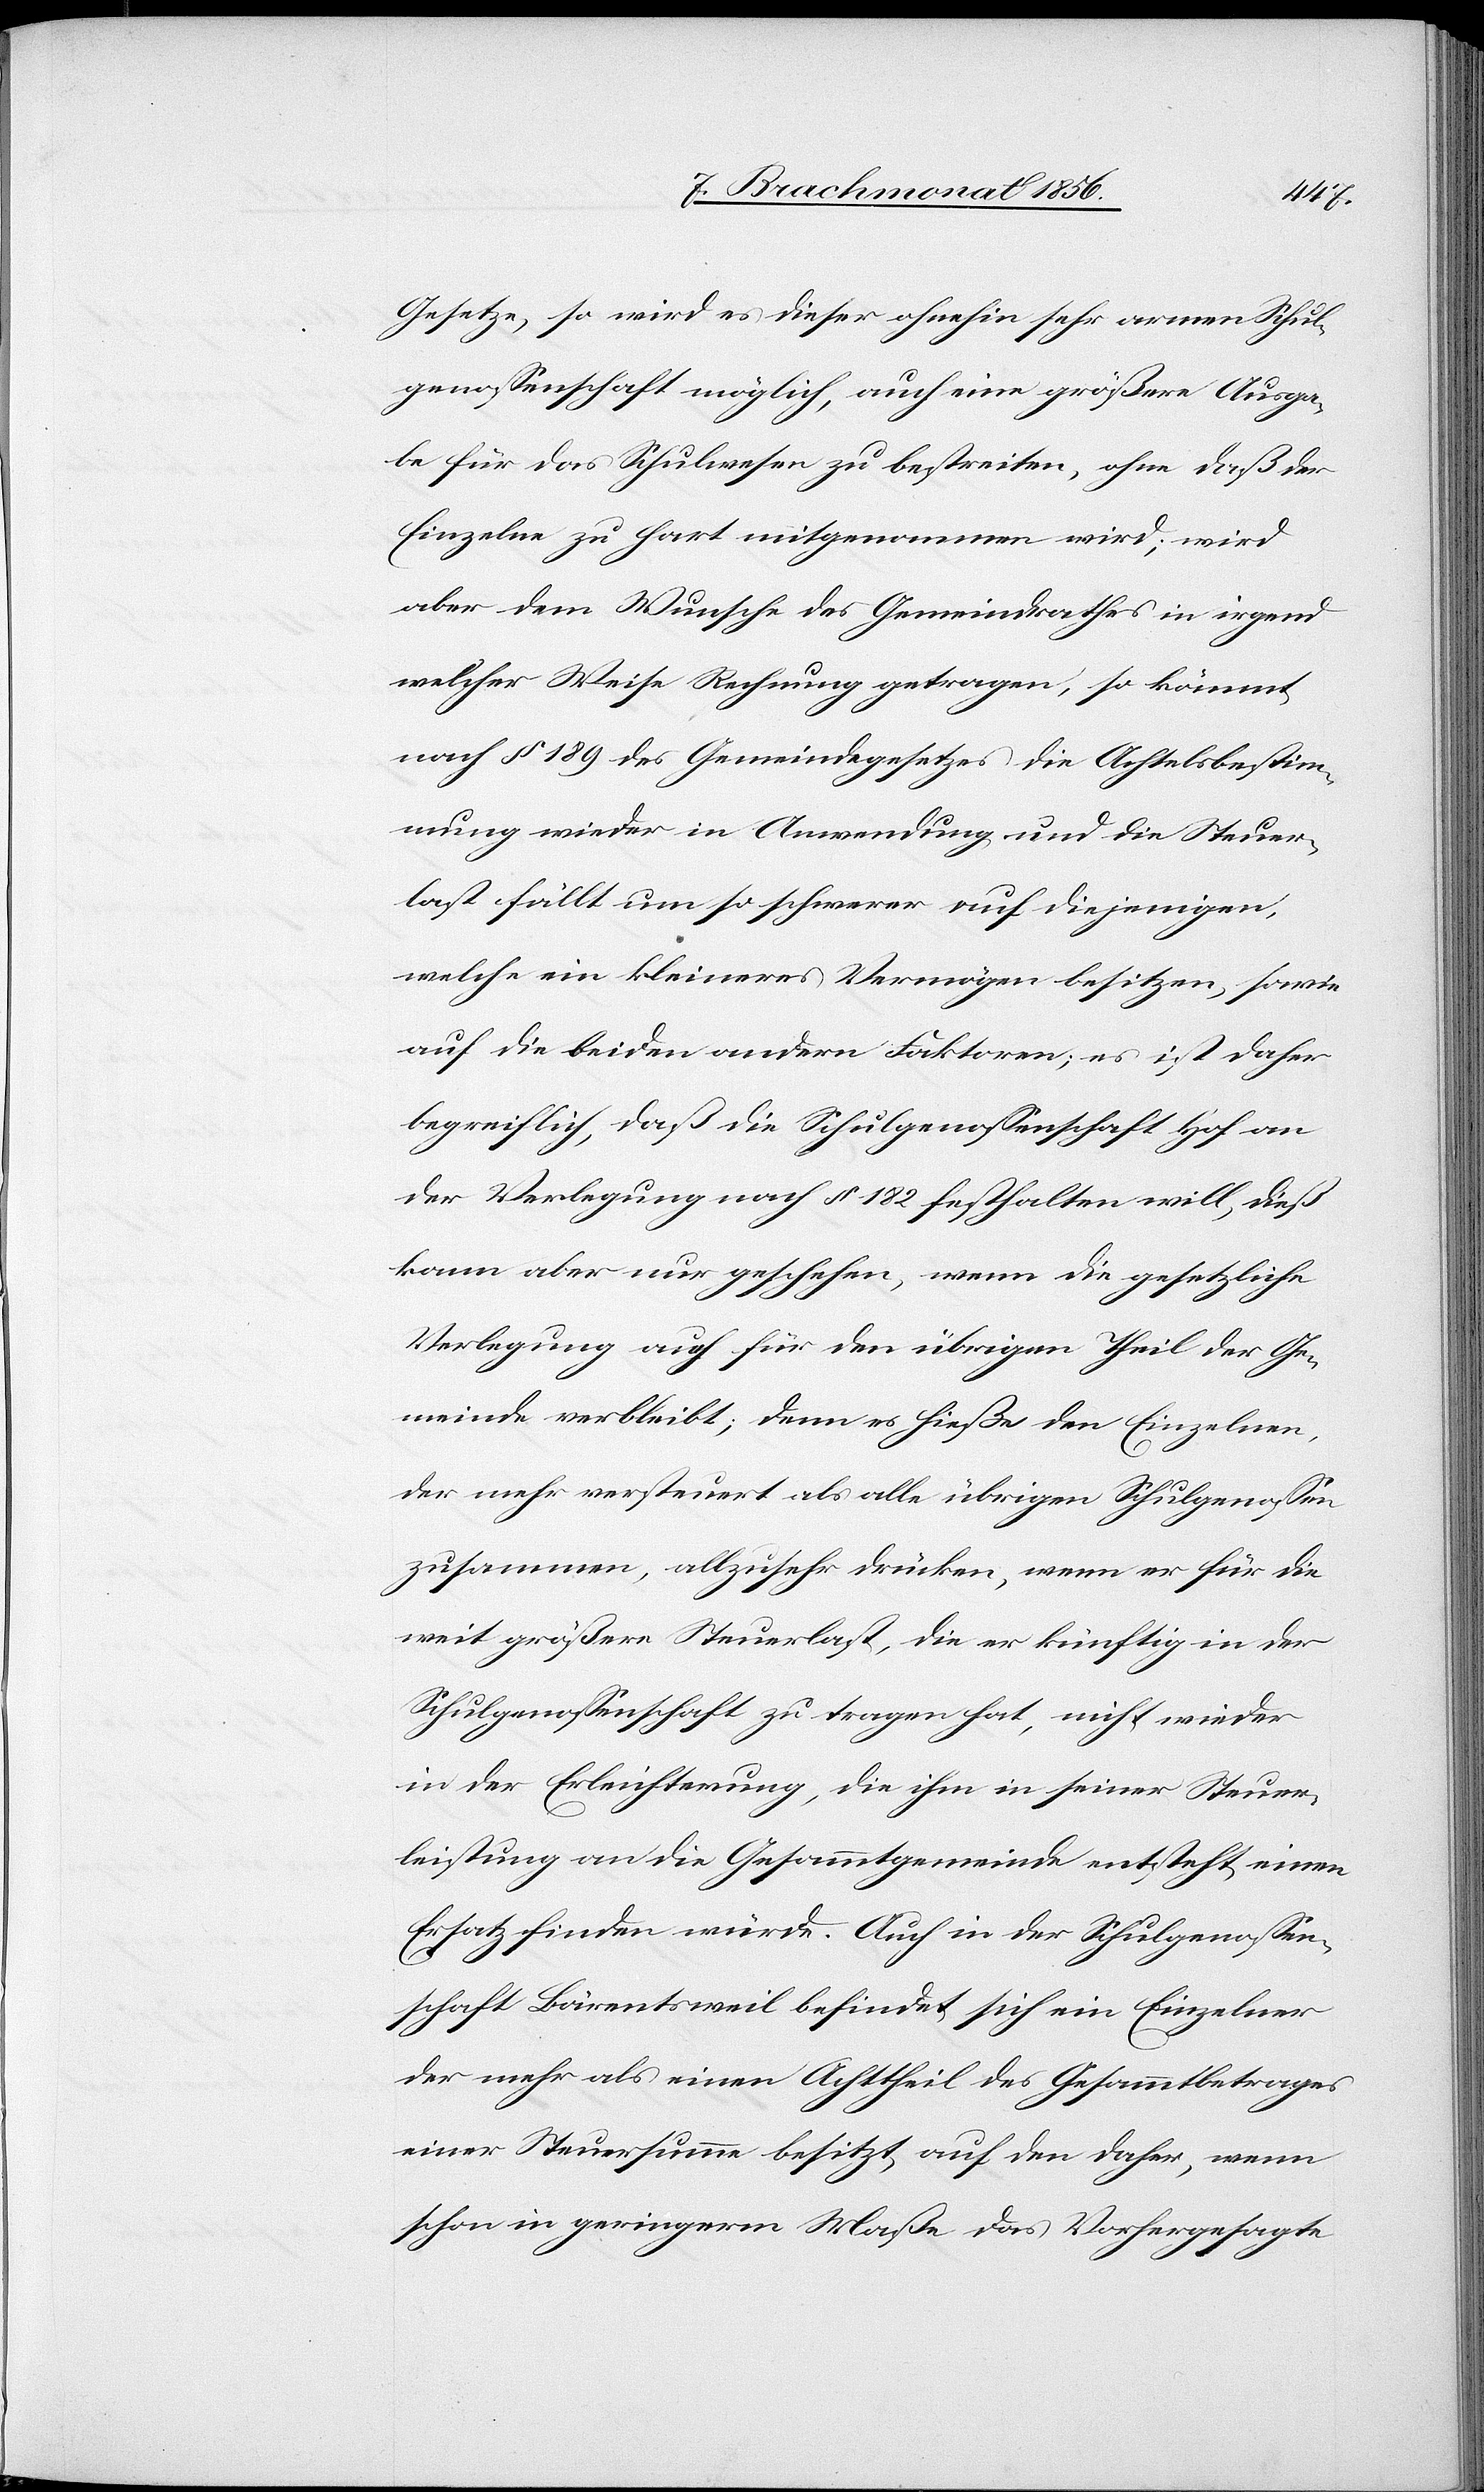
Gesetze, so wird es dieser ohnehin sehr armen Schul¬
genossenschaft möglich, auch eine größere Ausga¬
be für das Schulwesen zu bestreiten, ohne daß der
Einzelne zu hart mitgenommen wird; wird
aber dem Wunsche des Gemeindrathes in irgend
welcher Weise Rechnung getragen, so kömmt
nach § 189 des Gemeindegesetzes die Achtelsbestim¬
mung wieder in Anwendung und die Steuer¬
last fällt um so schwerer auf diejenigen,
welche ein kleineres Vermögen besitzen, sowie
auf die beiden andern Faktoren; es ist daher
begreiflich, daß die Schulgenossenschaft Hof an
der Verlegung nach § 182 festhalten will, dieß
kann aber nur geschehen, wenn die gesetzliche
Verlegung auch für den übrigen Theil der Ge¬
meinde verbleibt; denn es hieße den Einzelnen,
der mehr versteuert als alle übrigen Schulgenossen
zusammen, allzusehr drücken, wenn er für die
weit größere Steuerlast, die er künftig in der
Schulgenossenschaft zu tragen hat, nicht wieder
in der Erleichterung, die ihm in seiner Steuer¬
leistung an die Gesammtgemeinde entsteht, einen
Ersatz finden würde. Auch in der Schulgenossen¬
schaft Bärentsweil befindet sich ein Einzelner
der mehr als einen Achttheil des Gesammtbetrages
einer Steuersumme besitzt, auf den daher, wenn
schon in geringerm Maße das Vorhergesagte